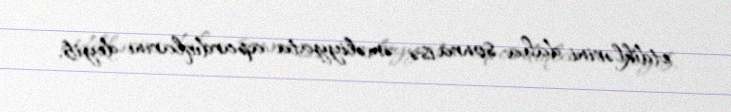
etdiklərini, daha sonra isə əməliyyata apardıqlarını deyib.